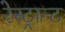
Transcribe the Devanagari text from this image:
रेस्ट्रान्ट